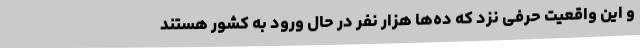
و این واقعیت حرفی نزد که ده‌ها هزار نفر در حال ورود به کشور هستند